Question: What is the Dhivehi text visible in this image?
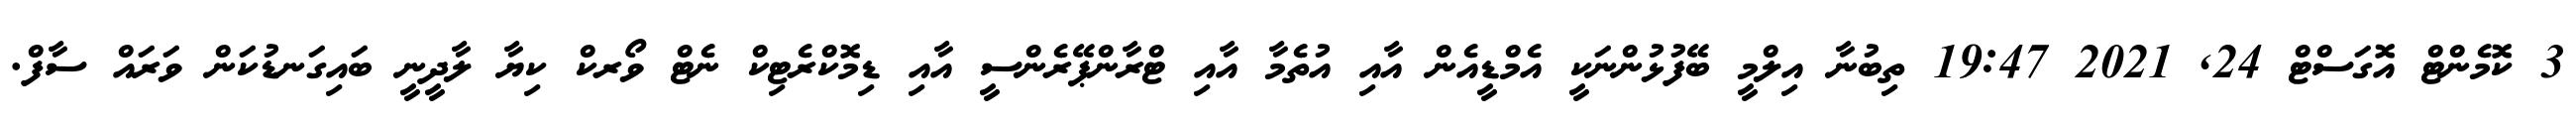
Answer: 3 ކޮމެންޓް އޮގަސްޓް 24, 2021 19:47 ތިބުނާ އިލްމީ ބޭފުޅުންނަކީ އެމްޑީއެން އާއި އުތެމާ އާއި ޓްރާންޕޭރެންސީ އާއި ޑިމޮކްރެޓިކް ނެޓް ވޯރކް ކިޔާ ލާދީނީ ބައިގަނޑުކަން ވަރައް ސާފް.